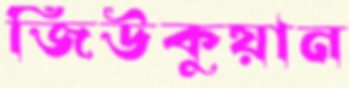
জিউকুয়ান